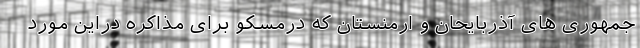
جمهوری های آذربایحان و ارمنستان که درمسکو برای مذاکره دراین مورد